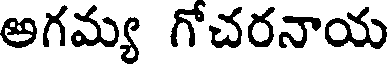
అగమ్య గోచరనాయ